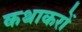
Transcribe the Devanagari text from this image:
कथाकरों